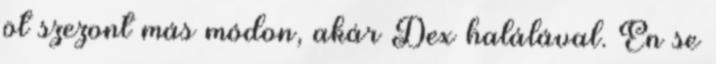
öt szezont más módon, akár Dex halálával. Én se